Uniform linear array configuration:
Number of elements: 64
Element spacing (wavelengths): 0.5
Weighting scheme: blackman
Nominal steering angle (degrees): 0
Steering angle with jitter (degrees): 1.145
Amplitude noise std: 0.05
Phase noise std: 0.05

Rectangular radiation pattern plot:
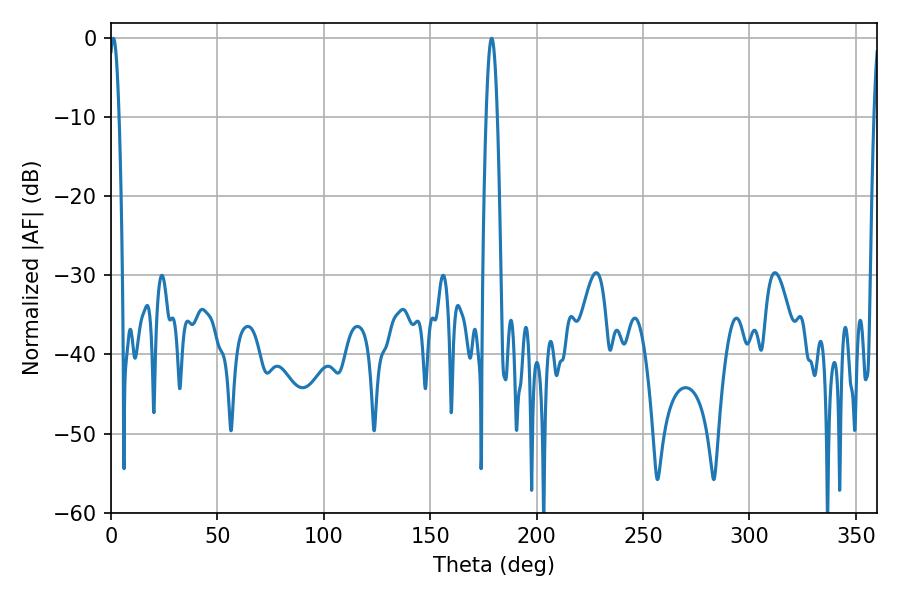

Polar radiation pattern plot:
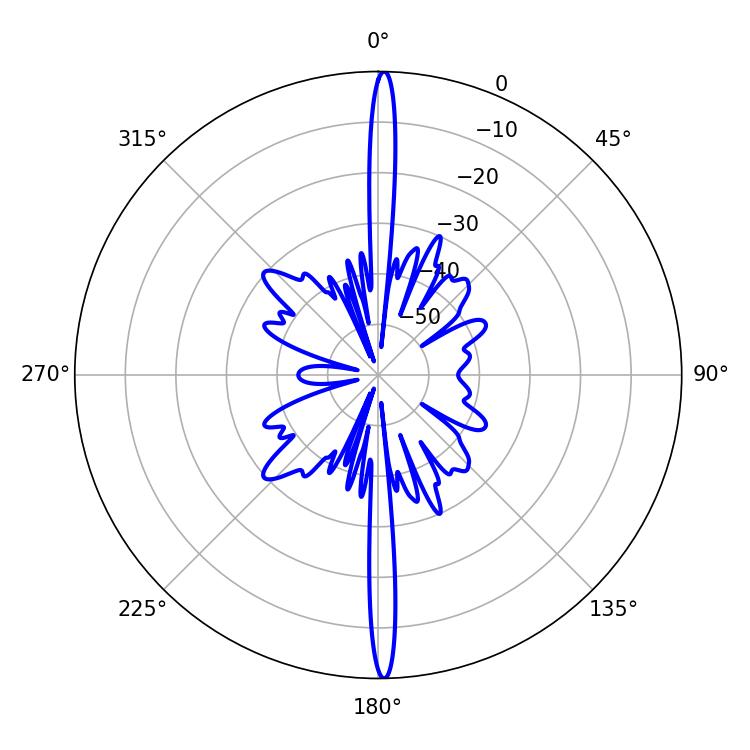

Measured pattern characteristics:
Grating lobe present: FALSE
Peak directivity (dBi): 29.839
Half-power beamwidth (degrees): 2.52
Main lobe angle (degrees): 1.08